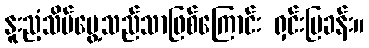
နူးညံ့သိမ်မွေ့သည်သာဖြစ်ကြောင်း ရှင်းပြခန်း။